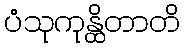
ပံသုကုန္ထိတာတိ